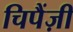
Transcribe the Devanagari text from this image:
चिपैंज़ी